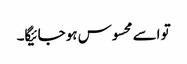
تو اسے محسوس ہو جائیگا۔